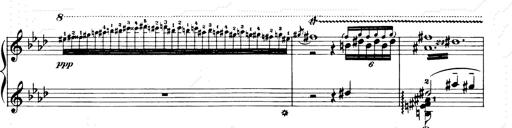
Title: Consolations and LiebestrÃ¤ume for the Piano
Composer: Franz Liszt